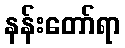
နန်းတော်ရာ